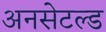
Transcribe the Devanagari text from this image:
अनसेटल्ड